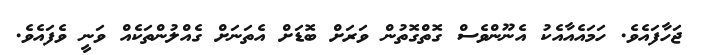
ޖަހާފައެވެ. ހަމައެއާއެކު އެނޫންވެސް ގޮތްގޮތުން ވަރަށް ބޮޑަށް އެތަނަށް ގެއްލުންތަކެއް ވަނީ ވެފައެވެ.